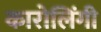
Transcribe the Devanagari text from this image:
कारोलिंगी